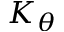
K _ { \theta }